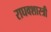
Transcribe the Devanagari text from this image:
राघवशास्त्री